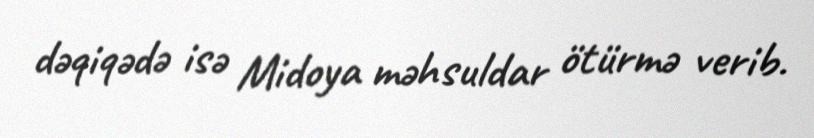
dəqiqədə isə Midoya məhsuldar ötürmə verib.